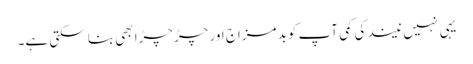
یہی نہیں نیند کی کمی آپ کو بدمزاج اور چڑچڑا بھی بنا سکتی ہے۔